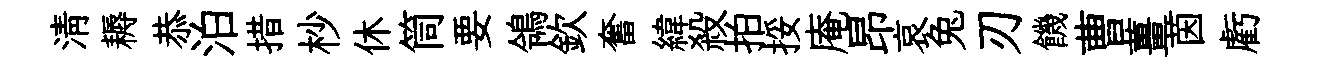
淸耨恭泊措杪休筒要鴒欽奮緯殺拍挼庵昂哀兔刃饑曹薑茵虧